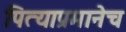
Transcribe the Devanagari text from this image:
पित्याप्रमानेच